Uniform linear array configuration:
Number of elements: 4
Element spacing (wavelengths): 0.25
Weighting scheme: cosine
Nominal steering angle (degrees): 15
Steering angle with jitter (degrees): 16.177
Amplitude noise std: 0.05
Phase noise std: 0.05

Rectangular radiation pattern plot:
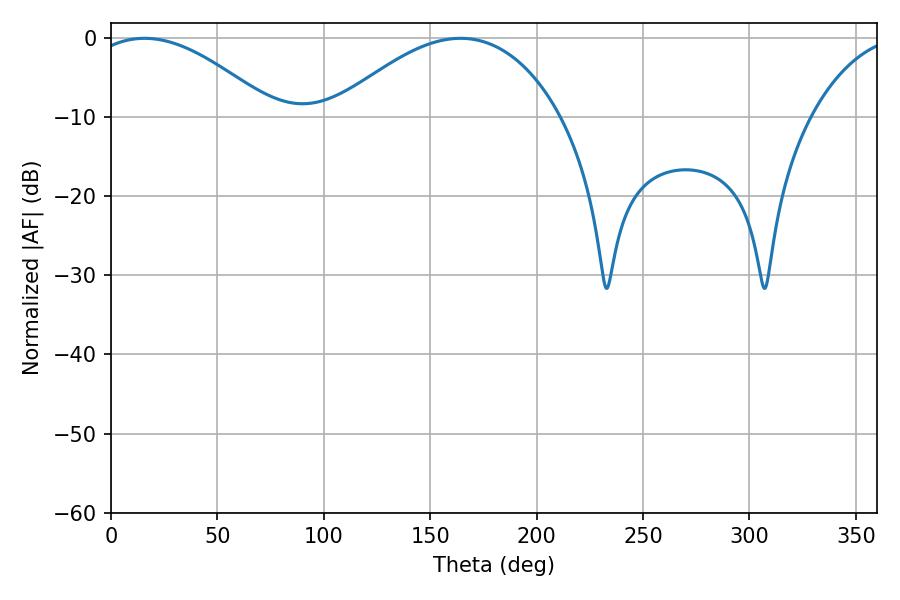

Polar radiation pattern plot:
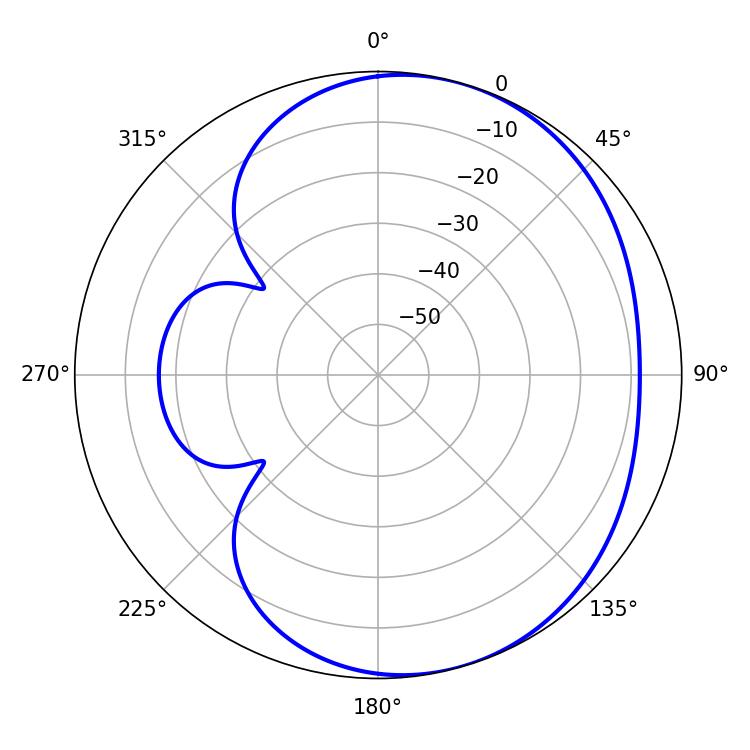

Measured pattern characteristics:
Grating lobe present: FALSE
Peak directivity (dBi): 4.344
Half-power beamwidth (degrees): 47.88
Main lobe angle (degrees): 15.66